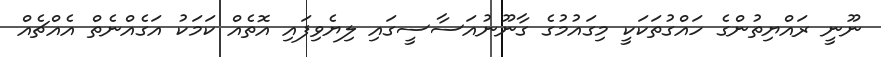
ނޫނީ ރައްޔިތުންގެ ހައްގުތަކަކީ މިގައުމުގެ ގާނޫނުއަސާސީގައި ލިޔެވިފައި އޮތެއް ކަމަކު އަގެއްނެތް އެއްޗެއް